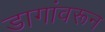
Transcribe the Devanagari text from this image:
डागांवरून